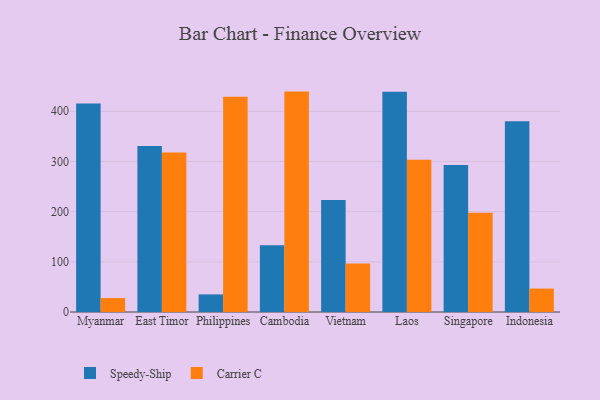
{"axis": {"x": "Country", "y": "Market Share (%)"}, "legend": ["Carrier C", "Speedy-Ship"], "data": [{"x": "Myanmar", "y": 415.7, "type": "Speedy-Ship"}, {"x": "Myanmar", "y": 27.8, "type": "Carrier C"}, {"x": "East Timor", "y": 330.7, "type": "Speedy-Ship"}, {"x": "East Timor", "y": 318.0, "type": "Carrier C"}, {"x": "Philippines", "y": 35.1, "type": "Speedy-Ship"}, {"x": "Philippines", "y": 429.0, "type": "Carrier C"}, {"x": "Cambodia", "y": 133.1, "type": "Speedy-Ship"}, {"x": "Cambodia", "y": 439.2, "type": "Carrier C"}, {"x": "Vietnam", "y": 223.4, "type": "Speedy-Ship"}, {"x": "Vietnam", "y": 96.8, "type": "Carrier C"}, {"x": "Laos", "y": 439.0, "type": "Speedy-Ship"}, {"x": "Laos", "y": 303.4, "type": "Carrier C"}, {"x": "Singapore", "y": 292.7, "type": "Speedy-Ship"}, {"x": "Singapore", "y": 197.9, "type": "Carrier C"}, {"x": "Indonesia", "y": 380.1, "type": "Speedy-Ship"}, {"x": "Indonesia", "y": 46.7, "type": "Carrier C"}]}